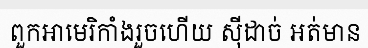
ពួកអាមេរិកាំងរួចហើយ ស៊ីដាច់ អត់មាន